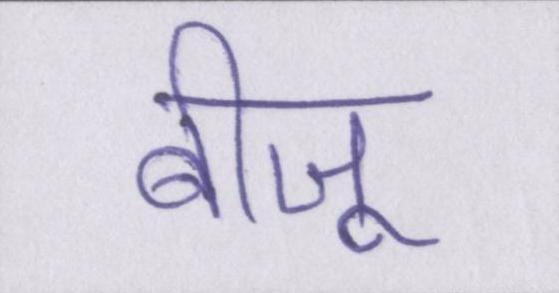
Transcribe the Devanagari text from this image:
बीजू